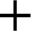
+